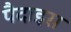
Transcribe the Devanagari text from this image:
पैदाइस